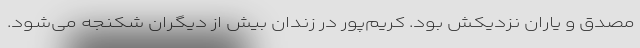
مصدق و یاران نزدیکش بود. کریم‌پور در زندان بیش از دیگران شکنجه می‌شود.